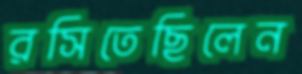
রসিতেছিলেন